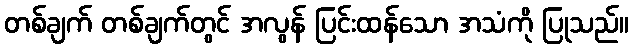
တစ်ချက် တစ်ချက်တွင် အလွန် ပြင်းထန်သော အသံကို ပြုသည်။